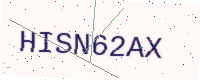
Text: HISN62AX